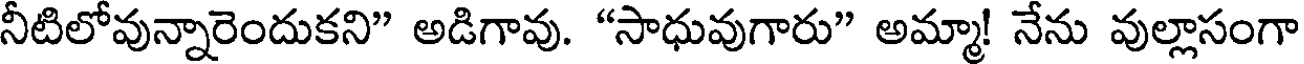
నీటిలోవున్నారెందుకని" అడిగావు. "సాధువుగారు" అమ్మా! నేను వుల్లాసంగా